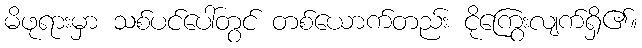
မိဖုရားမှာ သစ်ပင်ပေါ်တွင် တစ်ယောက်တည်း ငိုကြွေးလျက်ရှိ၏။